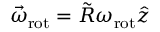
{ \vec { \omega } } _ { \mathrm { r o t } } = \tilde { \cal R } \omega _ { \mathrm { r o t } } \hat { z }